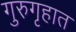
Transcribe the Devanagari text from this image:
गुरुगृहात